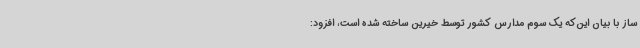
ساز با بیان این‌که یک سوم مدارس کشور توسط خیرین ساخته شده است،‌ افزود: